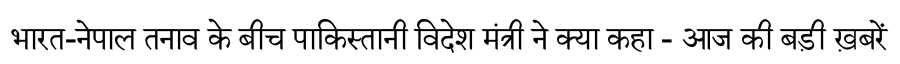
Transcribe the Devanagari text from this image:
भारत-नेपाल तनाव के बीच पाकिस्तानी विदेश मंत्री ने क्या कहा - आज की बड़ी ख़बरें